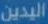
اليدين